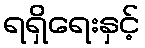
ရရှိရေးနှင့်